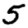
Digit: 5